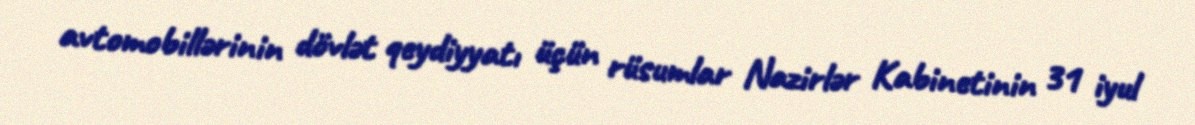
avtomobillərinin dövlət qeydiyyatı üçün rüsumlar Nazirlər Kabinetinin 31 iyul